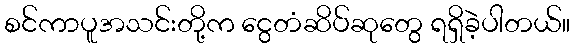
စင်ကာပူအသင်းတို့က ငွေတံဆိပ်ဆုတွေ ရရှိခဲ့ပါတယ်။